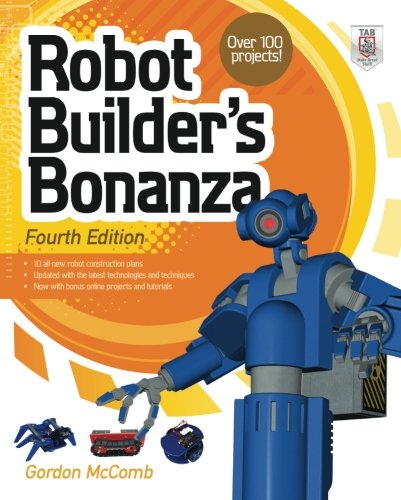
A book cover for Robot Builder's Bonanza, 4th Edition; Gordon McComb; Computers & Technology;